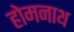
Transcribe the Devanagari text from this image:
होमनाथ